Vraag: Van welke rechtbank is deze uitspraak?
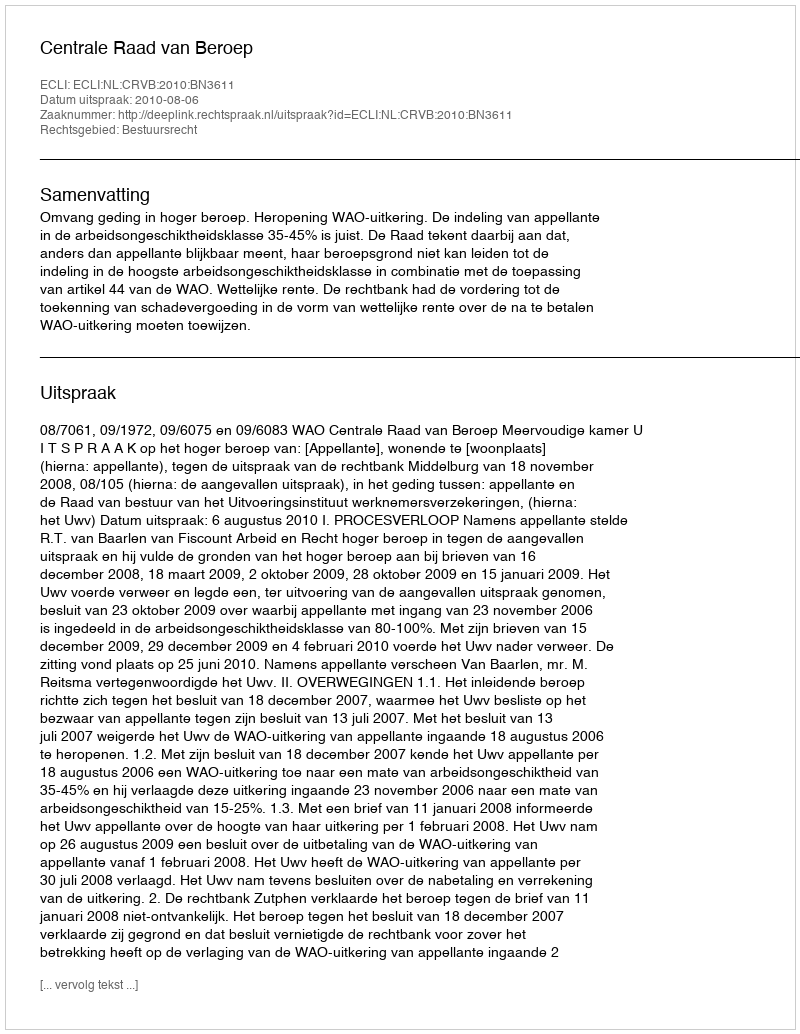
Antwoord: Centrale Raad van Beroep